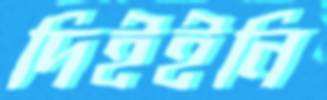
দিইইনি